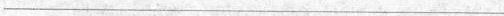
___